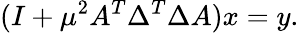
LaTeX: (I+\mu^{2}A^{T}\Delta^{T}\Delta A)x=y.